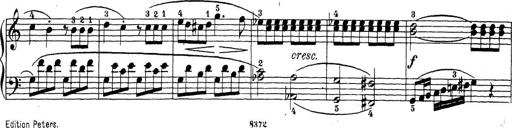
Title: Sonatina Album
Composer: Louis KÃ¶hler